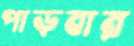
পাড়বার